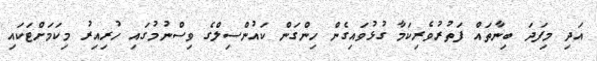
އަދި މިފަދަ ބިނާތައް ފަތުރުވެރިކަމާ ގުޅުވައިގެން ހިންގަން ކައުންސިލްގެ ވިސްނުމުގައި ހުރިއިރު މިކަމަށްޓަކައި